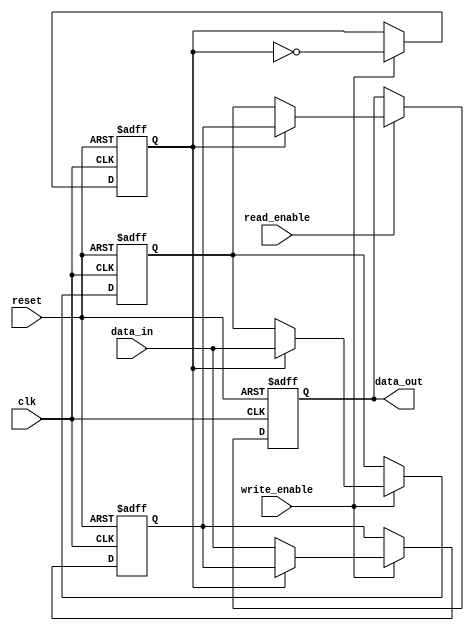
module double_buffer_register (
    input wire clk,
    input wire reset,
    input wire [31:0] data_in,     // Assuming 32-bit data width
    input wire write_enable,
    input wire read_enable,
    output reg [31:0] data_out
);

    // Internal registers for double buffering
    reg [31:0] buffer_a;
    reg [31:0] buffer_b;
    reg active_buffer; // 0 for buffer_a, 1 for buffer_b

    // Asynchronous reset and data storage
    always @(posedge clk or posedge reset) begin
        if (reset) begin
            buffer_a <= 32'b0; // Clear buffer_a
            buffer_b <= 32'b0; // Clear buffer_b
            active_buffer <= 1'b0; // Start with buffer_a as active
            data_out <= 32'b0; // Clear output
        end else begin
            // Writing to the current active buffer
            if (write_enable) begin
                if (active_buffer == 1'b0) begin
                    buffer_a <= data_in; // Write to buffer_a
                end else begin
                    buffer_b <= data_in; // Write to buffer_b
                end
                active_buffer <= ~active_buffer; // Toggle active buffer
            end

            // Reading from the non-active buffer
            if (read_enable) begin
                if (active_buffer == 1'b0) begin
                    data_out <= buffer_b; // Read from buffer_b
                end else begin
                    data_out <= buffer_a; // Read from buffer_a
                end
            end
        end
    end

endmodule